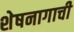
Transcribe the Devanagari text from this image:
शेषनागाची